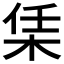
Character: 栠